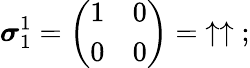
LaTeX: {\boldsymbol{\sigma}}_{1}^{1}={\left(\begin{array}{ll}{1}&{0}\\ {0}&{0}\end{array}\right)}=\; \uparrow\uparrow\; ;